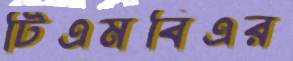
টিএমবিএর